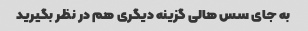
به جای سس هالی گزینه دیگری هم در نظر بگیرید